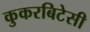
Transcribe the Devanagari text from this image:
कुकरबिटेसी